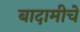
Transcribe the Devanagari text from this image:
बादामीचे